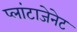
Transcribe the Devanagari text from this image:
प्लांटाजेनेट